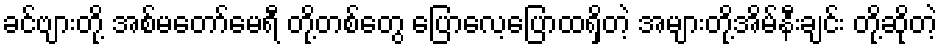
ခင်ဗျားတို့ အစ်မတော်မေရီ တို့တစ်တွေ ပြောလေ့ပြောထရှိတဲ့ အများတို့အိမ်နီးချင်း တို့ဆိုတဲ့